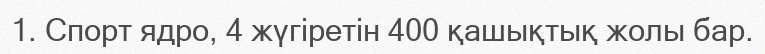
1. Спорт ядро, 4 жүгіретін 400 қашықтық жолы бар.